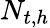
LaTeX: N_{t,h}